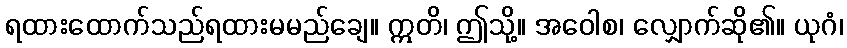
ရထားထောက်သည်ရထားမမည်ချေ။ ဣတိ၊ ဤသို့။ အဝေါစ၊ လျှောက်ဆို၏။ ယုဂံ၊